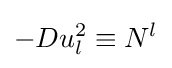
-Du_{l}^{2}\equiv N^{l}